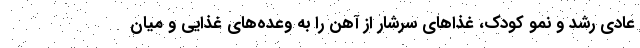
عادی رشد و نمو کودک، غذاهای سرشار از آهن را به وعده‌های غذایی و میان